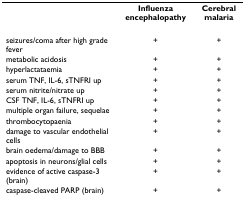
<table><thead><tr><td></td><td><b>Influenza encephalopathy</b></td><td><b>Cerebral malaria</b></td></tr></thead><tbody><tr><td>seizures/coma after high grade fever</td><td>+</td><td>+</td></tr><tr><td>metabolic acidosis</td><td>+</td><td>+</td></tr><tr><td>hyperlactataemia</td><td>+</td><td>+</td></tr><tr><td>serum TNF, IL-6, sTNFRI up</td><td>+</td><td>+</td></tr><tr><td>serum nitrite/nitrate up</td><td>+</td><td>+</td></tr><tr><td>CSF TNF, IL-6, sTNFRI up</td><td>+</td><td>+</td></tr><tr><td>multiple organ failure, sequelae</td><td>+</td><td>+</td></tr><tr><td>thrombocytopaenia</td><td>+</td><td>+</td></tr><tr><td>damage to vascular endothelial cells</td><td>+</td><td>+</td></tr><tr><td>brain oedema/damage to BBB</td><td>+</td><td>+</td></tr><tr><td>apoptosis in neurons/glial cells</td><td>+</td><td>+</td></tr><tr><td>evidence of active caspase-3 (brain)</td><td>+</td><td>+</td></tr><tr><td>caspase-cleaved PARP (brain)</td><td>+</td><td>+</td></tr></tbody></table>